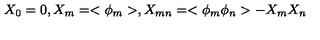
X _ { 0 } = 0 , X _ { m } = < \phi _ { m } > , X _ { m n } = < \phi _ { m } \phi _ { n } > - X _ { m } X _ { n }